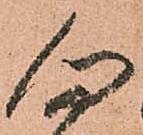
勿